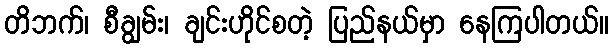
တိဘက်၊ စီချွမ်း၊ ချင်းဟိုင်စတဲ့ ပြည်နယ်မှာ နေကြပါတယ်။